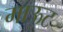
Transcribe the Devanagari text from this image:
माऊट